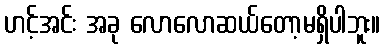
ဟင့်အင်း အခု လောလောဆယ်တော့မရှိပါဘူး။